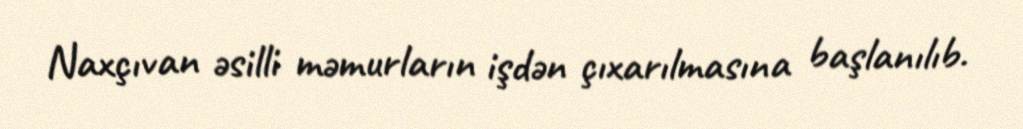
Naxçıvan əsilli məmurların işdən çıxarılmasına başlanılıb.